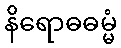
နိရောဓဓမ္မံ